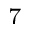
^ { 7 }